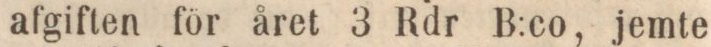
afgiften för året 3 Rdr B:co, jemte